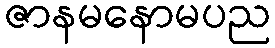
ဇာနမနောမပည